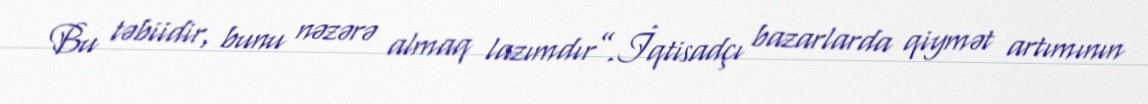
Bu təbiidir, bunu nəzərə almaq lazımdır”.İqtisadçı bazarlarda qiymət artımının